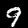
Label: 9